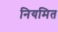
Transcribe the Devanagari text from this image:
नियमित